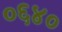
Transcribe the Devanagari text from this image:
०६४०